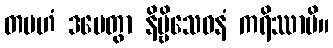
တမဟံ ဒမေတွာ နိဗ္ဗိသေဝနံ ကရိဿာမိ။